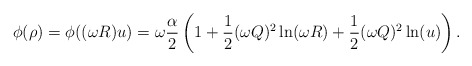
\begin{align*}\phi(\rho) = \phi((\omega R) u) = \omega \frac{\alpha}{2}\left ( 1 + \frac{1}{2}(\omega Q)^2 \ln(\omega R) + \frac{1}{2} (\omega Q)^2 \ln(u) \right ).\end{align*}